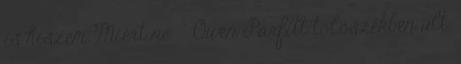
is hiszem.Miért ne " Owen Parfitt tolószékben ült.